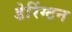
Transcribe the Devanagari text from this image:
डेरिंग्टन